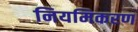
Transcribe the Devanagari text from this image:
नियमिकरण